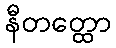
နီတတ္ထော